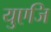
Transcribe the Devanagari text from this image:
युएजि